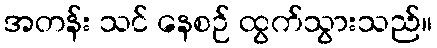
အတန်း သင် နေစဉ် ထွက်သွားသည်။